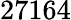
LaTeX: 27164